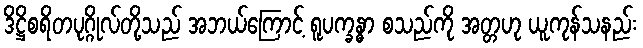
ဒိဋ္ဌိစရိတပုဂ္ဂိုလ်တို့သည် အဘယ်ကြောင့် ရူပက္ခန္ဓာ စသည်ကို အတ္တဟု ယူကုန်သနည်း